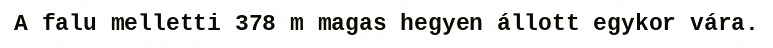
A falu melletti 378 m magas hegyen állott egykor vára.